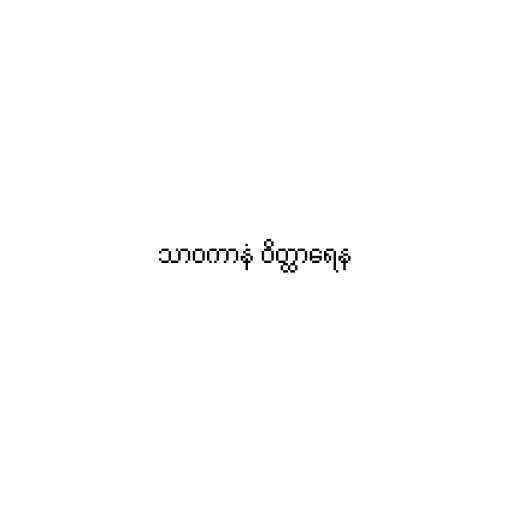
သာဝကာနံ ဝိတ္ထာရေန